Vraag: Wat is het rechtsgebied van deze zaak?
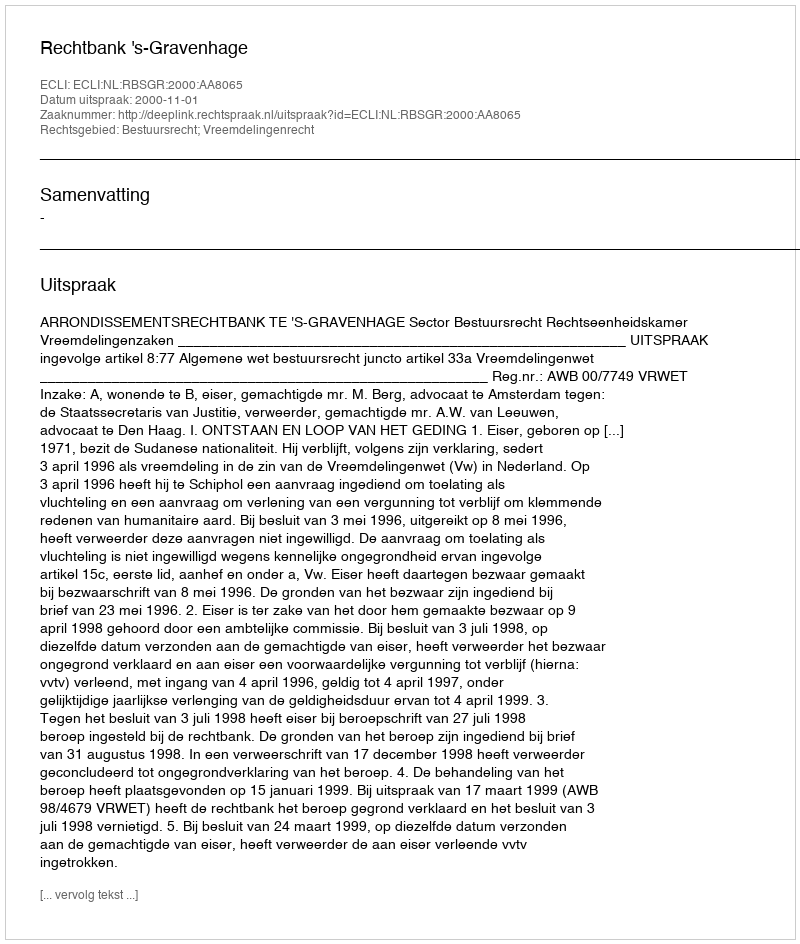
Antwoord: Bestuursrecht; Vreemdelingenrecht